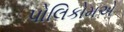
પોલિકોમએ